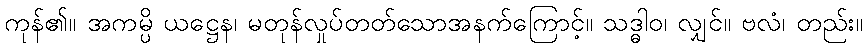
ကုန်၏။ အကမ္ပိ ယဋ္ဌေန၊ မတုန်လှုပ်တတ်သောအနက်ကြောင့်။ သဒ္ဓါဝ၊ လျှင်။ ဗလံ၊ တည်း။